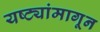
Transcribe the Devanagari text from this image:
यष्ट्यांमागून